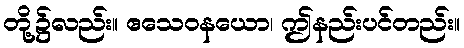
တို့၌လည်း။ ဧသေဝနယော၊ ဤနည်းပင်တည်း။